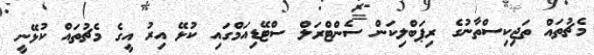
މެޗުތައް ތަޖިކިސްތާނުގެ ރިޕަބްލިކަން ސެންޓްރަލް ސްޓޭޑިއަމްގައި ކުޅޭ އިރު އީގެ މެޗުތައް ކުޅޭނީ